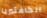
الكافتيريا